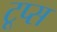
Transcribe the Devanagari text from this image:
टूप्स